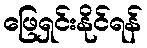
ဖြေရှင်းနိုင်ရန်